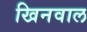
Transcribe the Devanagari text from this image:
खिनवाल